Annual report on the Civil Veterinary Department, Burma (including the Insein Veterinary School) - 1923-1931
Year: 1923
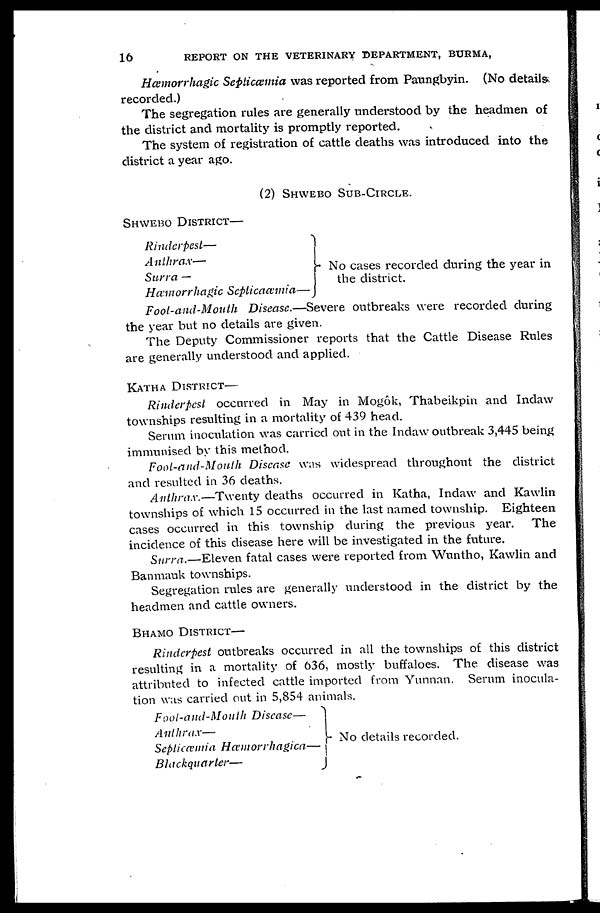
16
REPORT ON THE VETERINARY DEPARTMENT, BURMA,
Hæmorrhagic Septicæmia was reported from Paungbyin. (No details
recorded.)
The segregation rules are generally understood by the headmen of
the district and mortality is promptly reported.
The system of registration of cattle deaths was introduced into the
district a year ago.
(2) SHWEBO SUB-CIRCLE.
SHWEBO DISTRICT—
Rinderpest—
Anthrax—
Surra —
Hæmorrhagic
Septicæmia—
No cases recorded during the year in
the district.
Foot-and-Mouth Disease.—Severe outbreaks were recorded during
the year but no details are given.
The Deputy Commissioner reports that the Cattle Disease Rules
are generally understood and applied.
KATHA DISTRICT—
Rinderpest occurred in May in Mogôk, Thabeikpin and Indaw
townships resulting in a mortality of 439 head.
Serum inoculation was carried out in the Indaw outbreak 3,445 being
immunised by this method.
Foot-and-Mouth Disease was widespread throughout the district
and resulted in 36 deaths.
Anthrax.—Twenty deaths occurred in Katha, Indaw and Kawlin
townships of which 15 occurred in the last named township. Eighteen
cases occurred in this township during the previous year. The
incidence of this disease here will be investigated in the future.
Surra.—Eleven fatal cases were reported from Wuntho, Kawlin and
Banmauk townships.
Segregation rules are generally understood in the district by the
headmen and cattle owners.
BHAMO DISTRICT—
Rinderpest outbreaks occurred in all the townships of this district
resulting in a mortality of 636, mostly buffaloes. The disease was
attributed to infected cattle imported from Yunnan. Serum inocula-
tion was carried out in 5,854 animals.
Foot-and-Mouth
Disease—
Anthrax—
Septicæmia
Hæmorrhagica—
Blackquarter—
No details recorded.